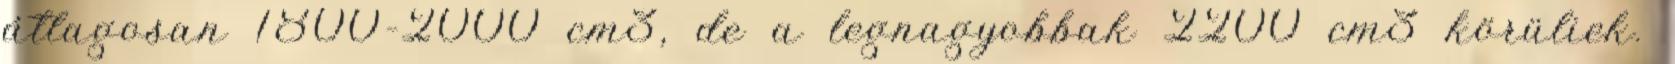
átlagosan 1800–2000 cm3, de a legnagyobbak 2200 cm3 körüliek.